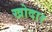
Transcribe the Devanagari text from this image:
खोदार